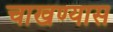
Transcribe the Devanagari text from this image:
चाखण्यास